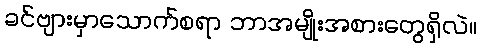
ခင်ဗျားမှာသောက်စရာ ဘာအမျိုးအစားတွေရှိလဲ။